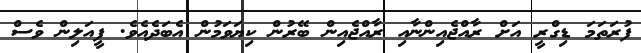
ފުރަތަމަ ޑިގްރީ އަށް ރާއްޖެއިންނާއި ރާއްޖެއިން ބޭރުން ކިޔަވަމުން އެބަދެއެވެ. ފީއަލިން ވެސް